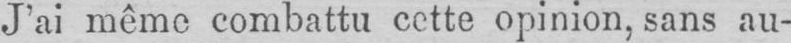
J’ai même combattu cette opinion, sans au-